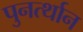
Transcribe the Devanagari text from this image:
पुनर्त्थान